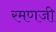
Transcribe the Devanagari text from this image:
रमणजी